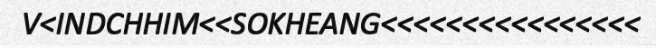
V<INDCHHIM<<SOKHEANG<<<<<<<<<<<<<<<<